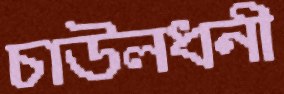
চাউলধনী